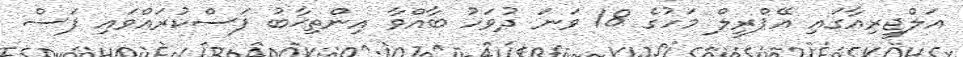
އަލްޖީރިއާގައި އޭޕްރީލް މަހުގެ 18 ވަނަ ދުވަހު ބާއްވާ އިންތިޚާބު ފަސްކުރައްވައި ފަސް